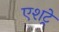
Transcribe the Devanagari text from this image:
एशट्रे